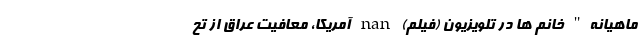
ماهیانه" خانم ها در تلویزیون (فیلم) nan آمریکا، معافیت عراق از تح